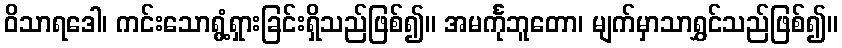
ဝိသာရဒေါ၊ ကင်းသောရွံ့ရှားခြင်းရှိသည်ဖြစ်၍။ အမင်္ကုဘူတော၊ မျက်မှာသာရွှင်သည်ဖြစ်၍။